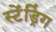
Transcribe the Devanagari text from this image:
स्टेंड्रिंग